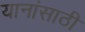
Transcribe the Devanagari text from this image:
यानांसाठी